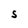
Character: S